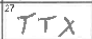
Transcription: TTX